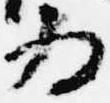
為